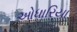
ઓધારિયા